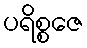
ပရိစ္စဇေ